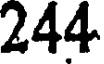
244